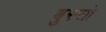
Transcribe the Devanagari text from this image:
बुस्सो